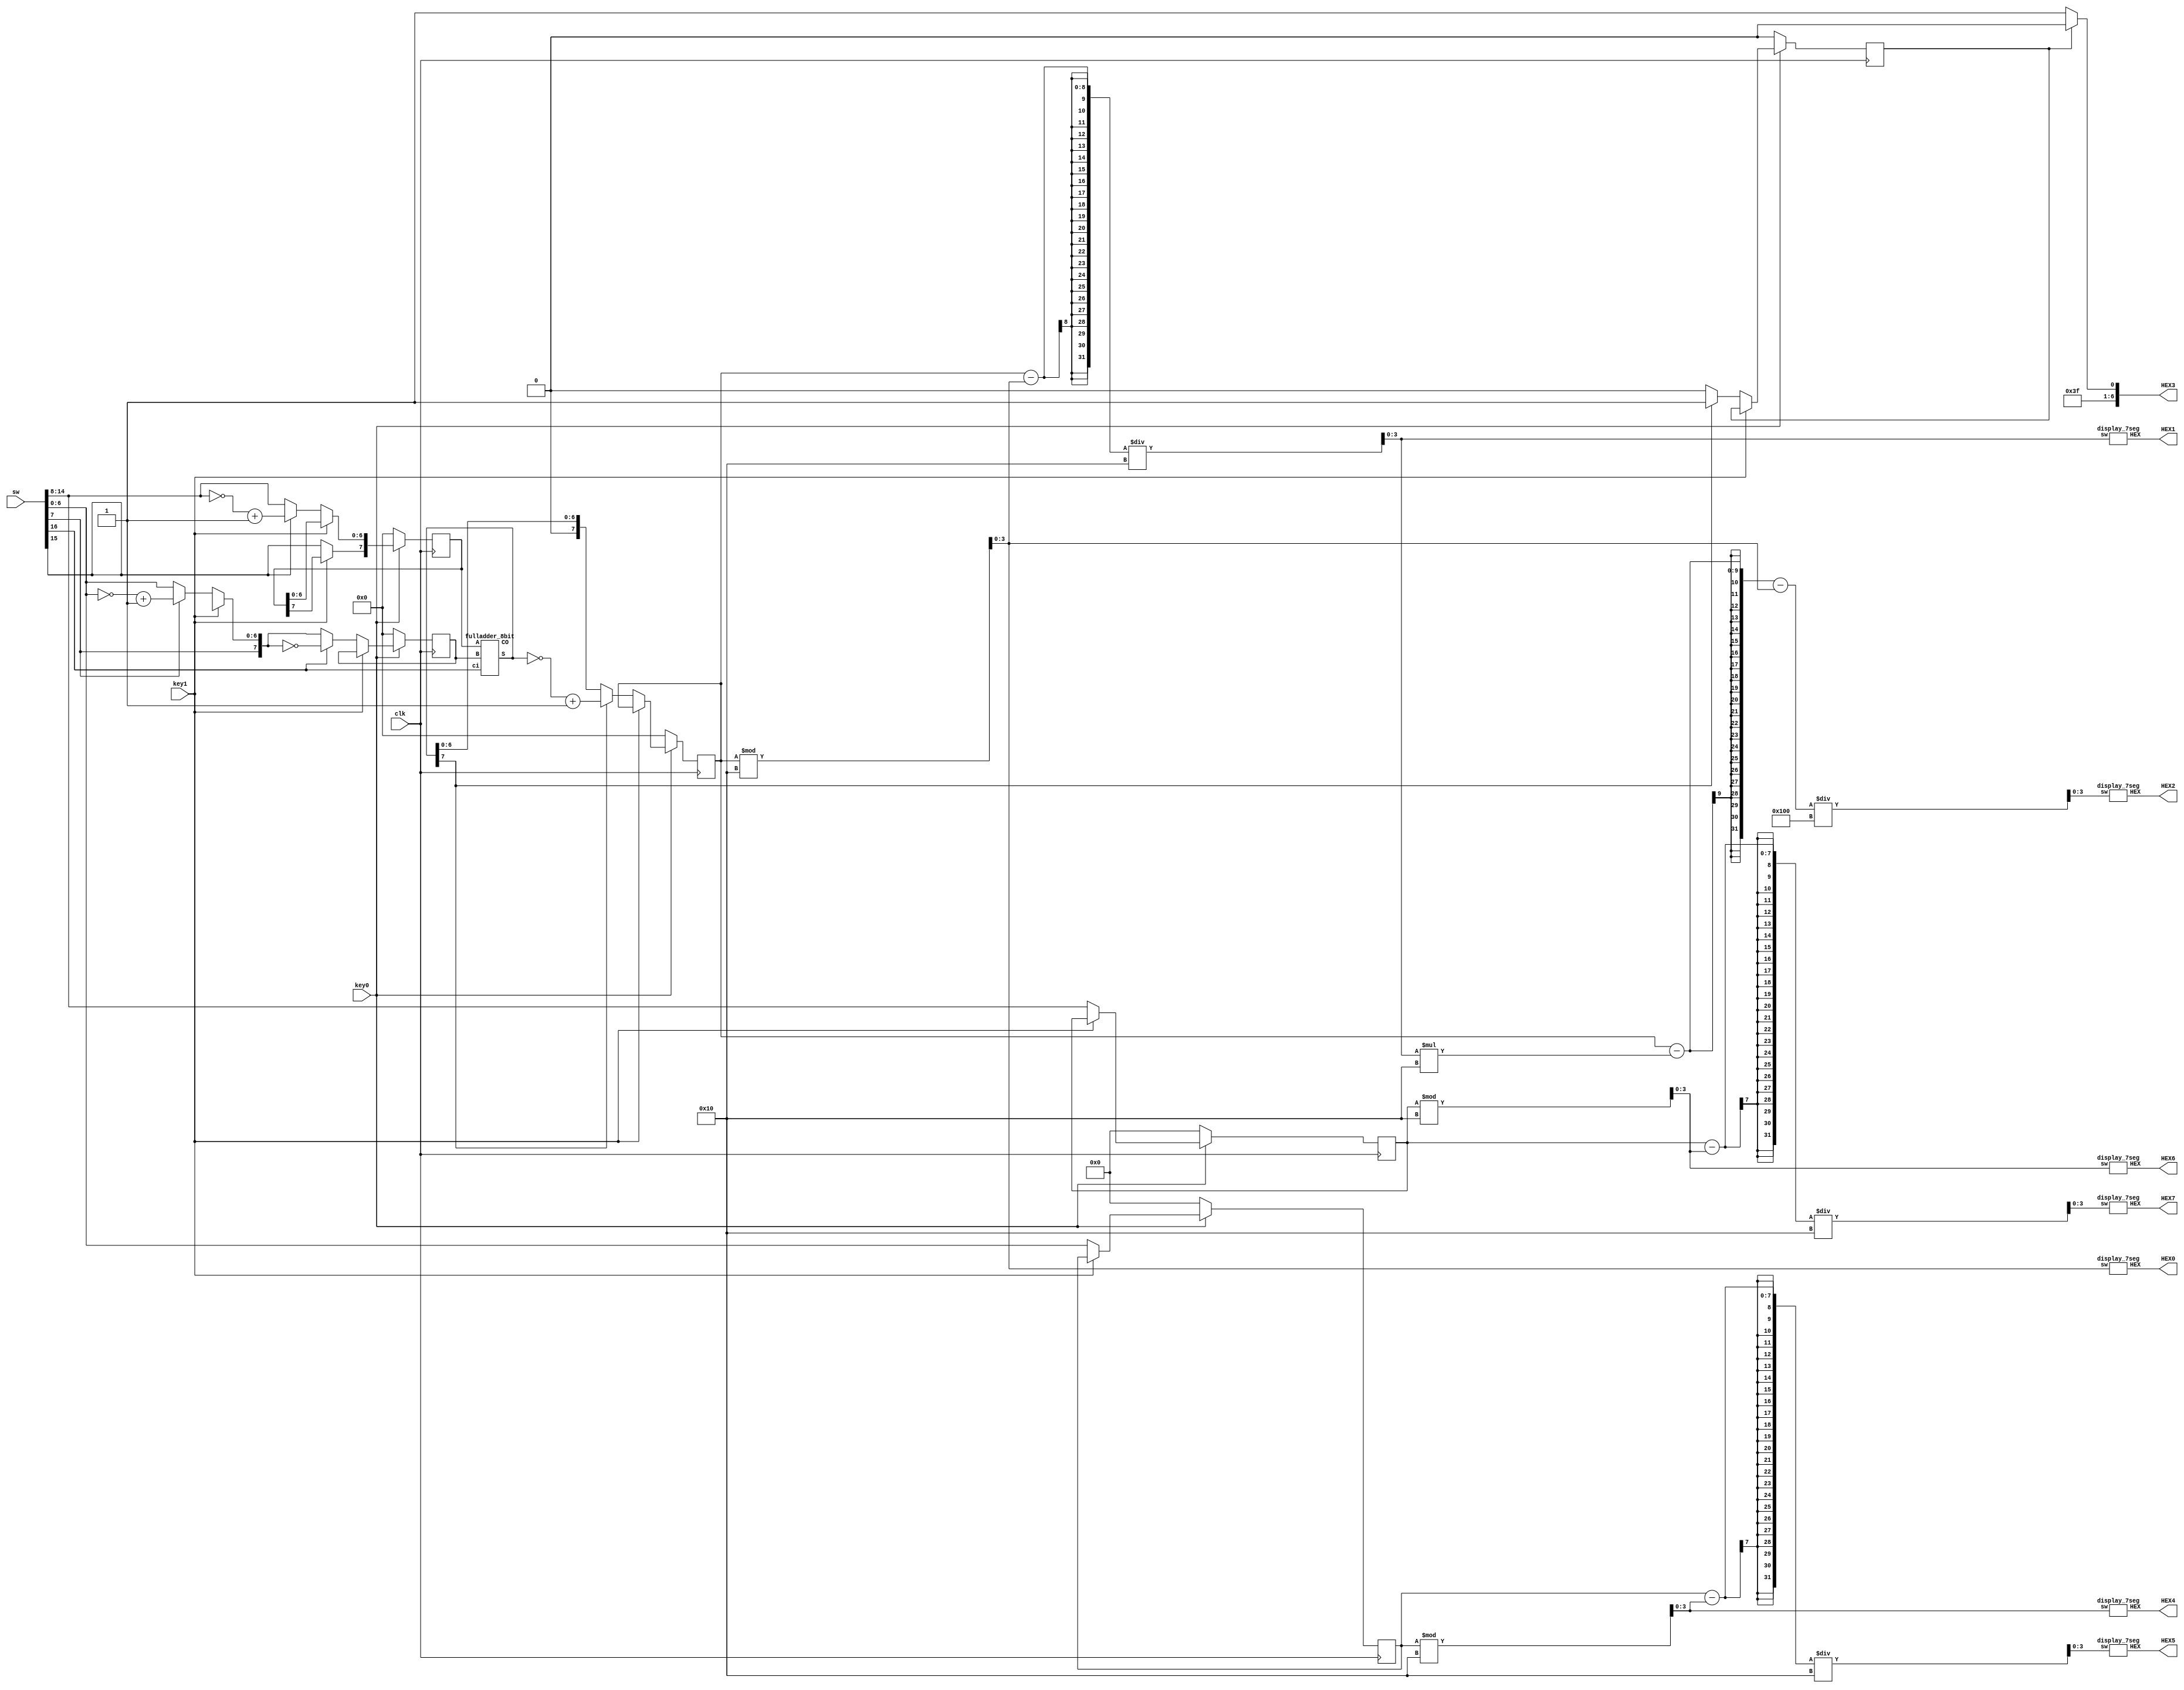
module L8part2(sw,clk,key0,key1,HEX0,HEX1,HEX2,HEX3,HEX4,HEX5,HEX6,HEX7);

	input [16:0]sw;
	input key0,key1,clk;
	
	output [0:6] HEX0,HEX1,HEX2,HEX3,HEX4,HEX5,HEX6,HEX7;
	
	wire [7:0] wireS, C;
	reg mark;
   reg [7:0] A, B, S;
   reg [6:0] hexA,hexB;
   reg overflow;
   
	initial begin
		A = 0;
		B = 0;
		S = 0;
		overflow = 0;
		mark = 0;
	
	end
  fulladder_8bit f (A, B, sw[16], wireS, C);
  
  always @ (posedge clk) begin
    if (key1 == 0) begin
	 
      A = sw[15:8];
      B = sw[7:0];
		hexA = sw[14:8];
		hexB = sw[6:0];
      S = wireS;
		
      overflow = C[7] ^ C[6];
		if(sw[15] == 1) A[6:0] = ~ A[6:0] + 1;
		if(sw[7] == 1) B[6:0] = ~B[6:0] + 1;
		if(sw[16] == 1) B = ~B;
		if(S[7] == 1) begin
		
		S = ~S + 1;
		mark = 1;
		end
		else mark = 0;
    end
	 
    if (key0 == 0) begin
      A = 8'b00000000;
      B = 8'b00000000;
		hexA = 7'b0000000;
		hexB = 7'b0000000;
      S = 8'b00000000;
      overflow = 0;
		mark = 0;
    end
  end

  
	wire [3:0]onesA,tensA,onesB,tensB,onesS,tensS,hundsS;
	
	assign onesA = hexA % 16;
   assign tensA = (hexA - onesA) / 16;
   assign onesB = hexB % 16;
   assign tensB = (hexB - onesB) / 16;
   assign onesS = S % 16;
   assign tensS = (S - onesS) / 16;
   assign hundsS = (S - (tensS * 16) - onesS) / 256;
    
	assign HEX3 = (mark == 1) ? 7'b1111110 : 7'b1111111;
	
   display_7seg d7(tensA,HEX7);
   display_7seg d6(onesA,HEX6);
   display_7seg d5(tensB,HEX5);
   display_7seg d4(onesB,HEX4);
   display_7seg d2(hundsS,HEX2);
   display_7seg d1(tensS,HEX1);
   display_7seg d0(onesS,HEX0);
	
endmodule

module display_7seg(sw,HEX);

   input[3:0] sw;
   output [0:6]HEX;
   
   assign HEX = (sw == 4'b0000) ? 7'b0000001: //0
                (sw == 4'b0001) ? 7'b1001111: //1
                (sw == 4'b0010) ? 7'b0010010: //2
                (sw == 4'b0011) ? 7'b0000110: //3
                (sw == 4'b0100) ? 7'b1001100: //4
                (sw == 4'b0101) ? 7'b0100100: //5
                (sw == 4'b0110) ? 7'b0100000: //6
                (sw == 4'b0111) ? 7'b0001101: //7
                (sw == 4'b1000) ? 7'b0000000: //8
                (sw == 4'b1001) ? 7'b0000100: //9
                (sw == 4'b1010) ? 7'b0001000:
                (sw == 4'b1011) ? 7'b1100000:
                (sw == 4'b1100) ? 7'b0110001:
                (sw == 4'b1101) ? 7'b1000010:
                (sw == 4'b1110) ? 7'b0110000:
                (sw == 4'b1111) ? 7'b0111000: 7'b1111111;
   
endmodule

module fulladder_8bit (A, B, ci, S, CO);
  input [7:0] A, B;
  input ci;
  output [7:0] S;
  output [8:1] CO;

  FA A0 (A[0], B[0], ci, S[0], CO[1]);
  FA A1 (A[1], B[1], CO[1], S[1], CO[2]);
  FA A2 (A[2], B[2], CO[2], S[2], CO[3]);
  FA A3 (A[3], B[3], CO[3], S[3], CO[4]);
  FA A4 (A[4], B[4], CO[4], S[4], CO[5]);
  FA A5 (A[5], B[5], CO[5], S[5], CO[6]);
  FA A6 (A[6], B[6], CO[6], S[6], CO[7]);
  FA A7 (A[7], B[7], CO[7], S[7], CO[8]);
endmodule

module FA(a,b,cin,s,cout); //full-adder module

   input a,b,cin;
   output s,cout;
   
   assign cout = (b & cin) | (a & cin) | (a & b); //assign cout
   assign s = a ^ b ^ cin; //assign s
   
endmodule